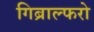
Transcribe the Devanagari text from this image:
गिब्राल्फरो